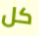
كل